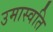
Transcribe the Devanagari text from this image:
उमास्वति